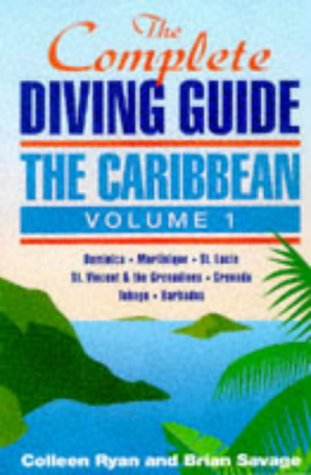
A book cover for The Complete Diving Guide: The Caribbean (Vol. 1) Dominica, Martinique, St. Lucia, St Vincent & The Grenadines, Grenada, Tobago, Barbados; Colleen Ryan; Sports & Outdoors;